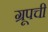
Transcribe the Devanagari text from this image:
ग्रूपची